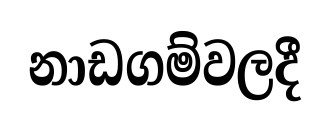
නාඩගම්වලදී